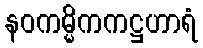
နဝကမ္မိကကဋ္ဌဟာရံ